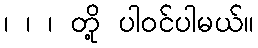
၊ ၊ ၊ တို့ ပါဝင်ပါမယ်။